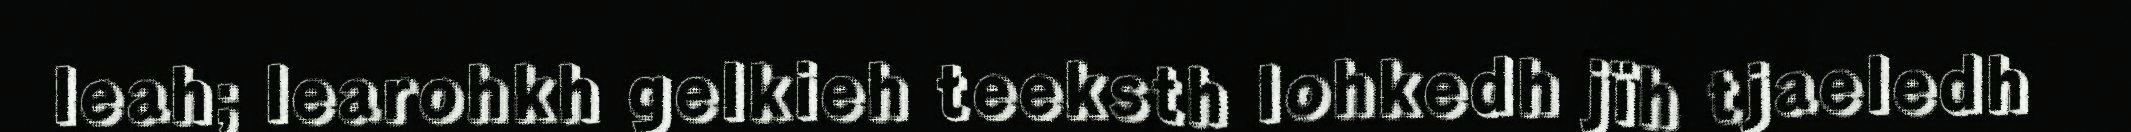
leah; learohkh gelkieh teeksth lohkedh jïh tjaeledh